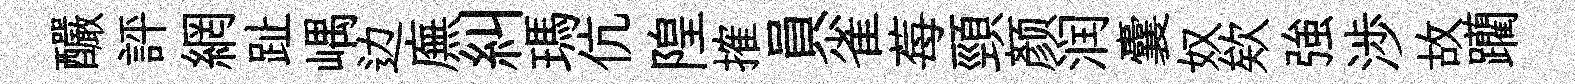
釅評網趾嵎边廡糾瑪伉隍搉員雀莓頸颜润囊奴欸強渉故躪